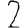
Digit: 2